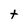
Character: t